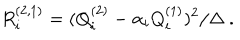
LaTeX: R _ { i } ^ { ( 2 , 1 ) } = ( Q _ { i } ^ { ( 2 ) } - \alpha _ { i } Q _ { i } ^ { ( 1 ) } ) ^ { 2 } / \Delta \ .